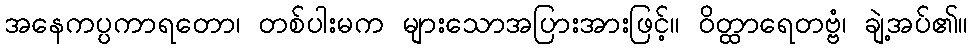
အနေကပ္ပကာရတော၊ တစ်ပါးမက များသောအပြားအားဖြင့်။ ဝိတ္ထာရေတဗ္ဗံ၊ ချဲ့အပ်၏။